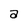
Character: a